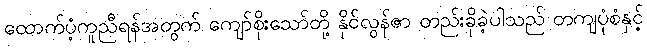
ထောက်ပံ့ကူညီရန်အတွက် ကျော်စိုးသော်တို့ နိုင်လွန်ဇာ တည်းခိုခဲ့ပါသည် တကျပုံစံနှင့်